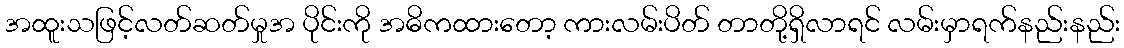
အထူးသဖြင့်လတ်ဆတ်မှုအ ပိုင်းကို အဓိကထားတော့ ကားလမ်းပိတ် တာတို့ရှိလာရင် လမ်းမှာရက်နည်းနည်း